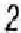
2